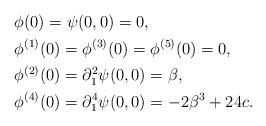
LaTeX: \begin{align*}&\phi(0) = \psi(0,0)=0,\\&\phi^{(1)}(0) = \phi^{(3)}(0) = \phi^{(5)}(0)=0,\\&\phi^{(2)}(0) = \partial_1^2\psi(0,0) = \beta, \\ &\phi^{(4)}(0) = \partial_1^4\psi(0,0) = -2\beta^3 + 24 c.\end{align*}